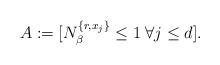
LaTeX: \begin{align*} A &:=[N_\beta^{\{r,x_j\}}\leq 1 \; \forall j\leq d]. \end{align*}